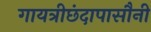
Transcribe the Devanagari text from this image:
गायत्रीछंदापासौनी